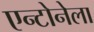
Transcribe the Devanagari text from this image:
एन्टोनेला